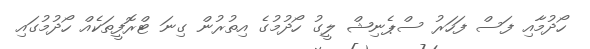
ހޯދުމާއި ފަސް ފަހަރު ސްޕެނިޝް ލީގު ހޯދުމުގެ އިތުރުން ގިނަ ޓްރޮފީތަކެއް ހޯދުމުގައި